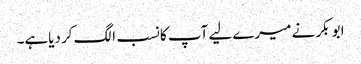
ابو بکر نے میرے لیے آپ کا نسب الگ کر دیاہے۔